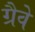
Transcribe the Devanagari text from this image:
ग्रैवे